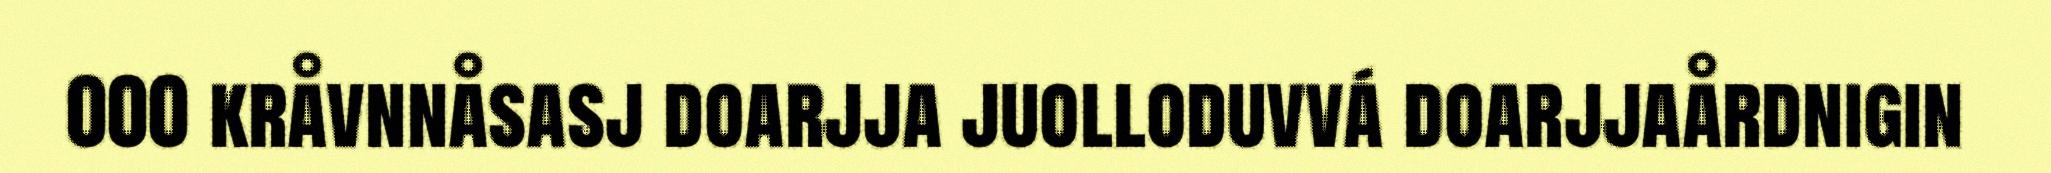
000 kråvnnåsasj doarjja juolloduvvá doarjjaårdnigin